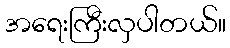
အရေးကြီးလှပါတယ်။